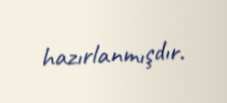
hazırlanmışdır.